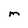
Character: M